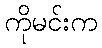
ကိုမင်းက